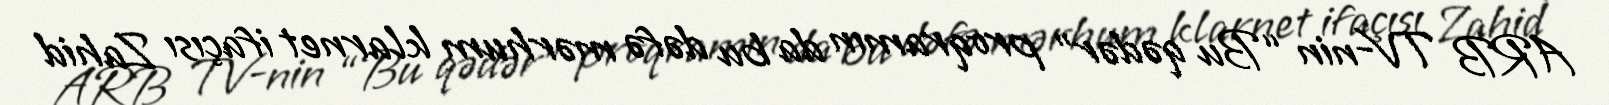
ARB TV-nin “Bu qədər” proqramın da bu dəfə mərhum klarnet ifaçısı Zahid